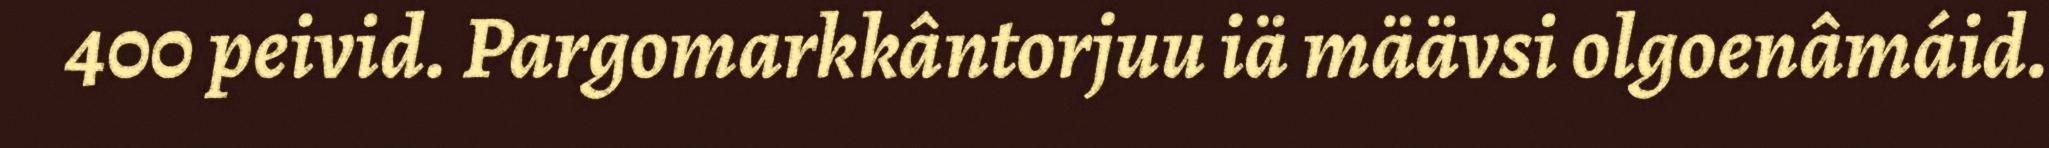
400 peivid. Pargomarkkântorjuu iä määvsi olgoenâmáid.